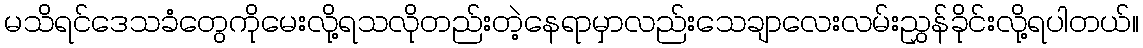
မသိရင်ဒေသခံတွေကိုမေးလို့ရသလိုတည်းတဲ့နေရာမှာလည်းသေချာလေးလမ်းညွှန်ခိုင်းလို့ရပါတယ်။